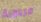
مرعوبة